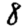
Digit: 8